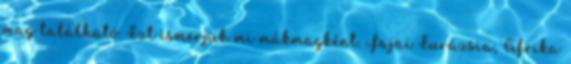
mag található. Ezt ismerjük mi mákmagként. Fajai Eurázsia, Afrika